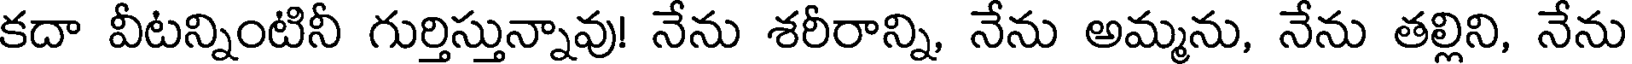
కదా వీటన్నింటినీ గుర్తిస్తున్నావు! నేను శరీరాన్ని, నేను అమ్మను, నేను తల్లిని, నేను